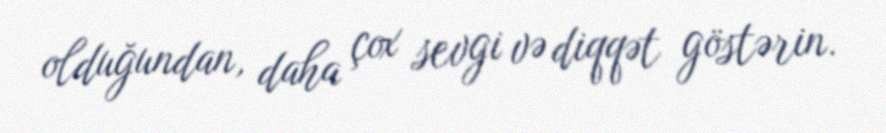
olduğundan, daha çox sevgi və diqqət göstərin.